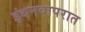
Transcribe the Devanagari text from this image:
इंधनवापरात